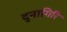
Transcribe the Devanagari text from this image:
दुनागिरि